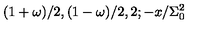
( 1 + \omega ) / 2 , ( 1 - \omega ) / 2 , 2 ; - x / \Sigma _ { 0 } ^ { 2 }